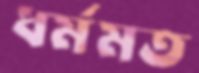
ধর্মমত